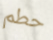
حطم